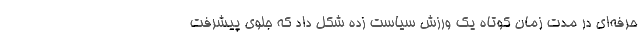
حرفه‌ای در مدت زمان کوتاه یک ورزش سیاست زده شکل داد که جلوی پیشرفت